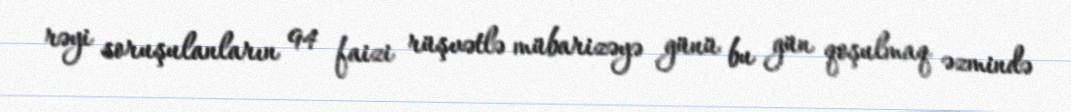
rəyi soruşulanların 94 faizi rüşvətlə mübarizəyə günü bu gün qoşulmaq əzmində